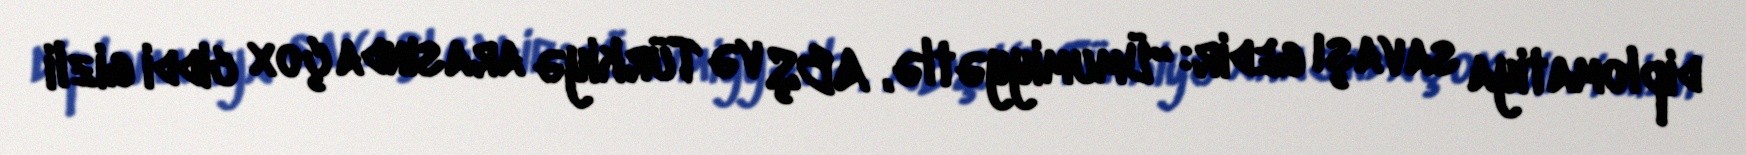
diplomatiya savaşı gedir: “Ümumiyyətlə, ABŞ və Türkiyə arasında çox ciddi gizli